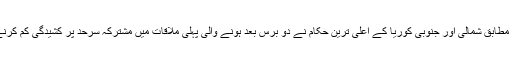
میڈیا رپورٹس کے مطابق شمالی اور جنوبی کوریا کے اعلیٰ ترین حکام نے دو برس بعد ہونے والی پہلی ملاقات میں مشترکہ سرحد پر کشیدگی کم کرنے پر اتفاق کیا ہے۔